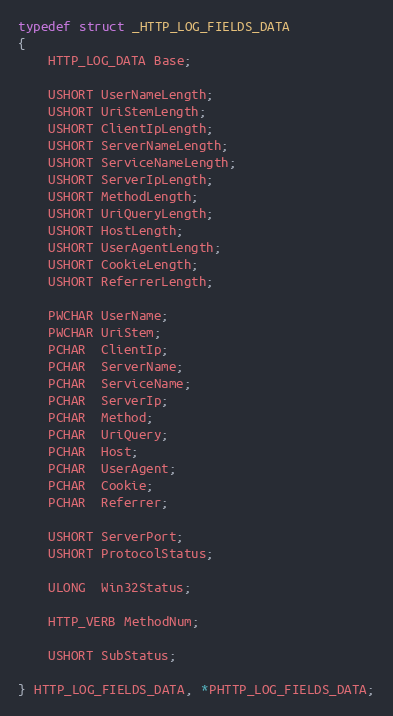
Language: C
typedef struct _HTTP_LOG_FIELDS_DATA
{
    HTTP_LOG_DATA Base;

    USHORT UserNameLength;
    USHORT UriStemLength;
    USHORT ClientIpLength;
    USHORT ServerNameLength;
    USHORT ServiceNameLength;
    USHORT ServerIpLength;
    USHORT MethodLength;
    USHORT UriQueryLength;
    USHORT HostLength;
    USHORT UserAgentLength;
    USHORT CookieLength;
    USHORT ReferrerLength;

    PWCHAR UserName;
    PWCHAR UriStem;
    PCHAR  ClientIp;
    PCHAR  ServerName;
    PCHAR  ServiceName;
    PCHAR  ServerIp;
    PCHAR  Method;
    PCHAR  UriQuery;
    PCHAR  Host;
    PCHAR  UserAgent;
    PCHAR  Cookie;
    PCHAR  Referrer;

    USHORT ServerPort;
    USHORT ProtocolStatus;

    ULONG  Win32Status;

    HTTP_VERB MethodNum;

    USHORT SubStatus;

} HTTP_LOG_FIELDS_DATA, *PHTTP_LOG_FIELDS_DATA;